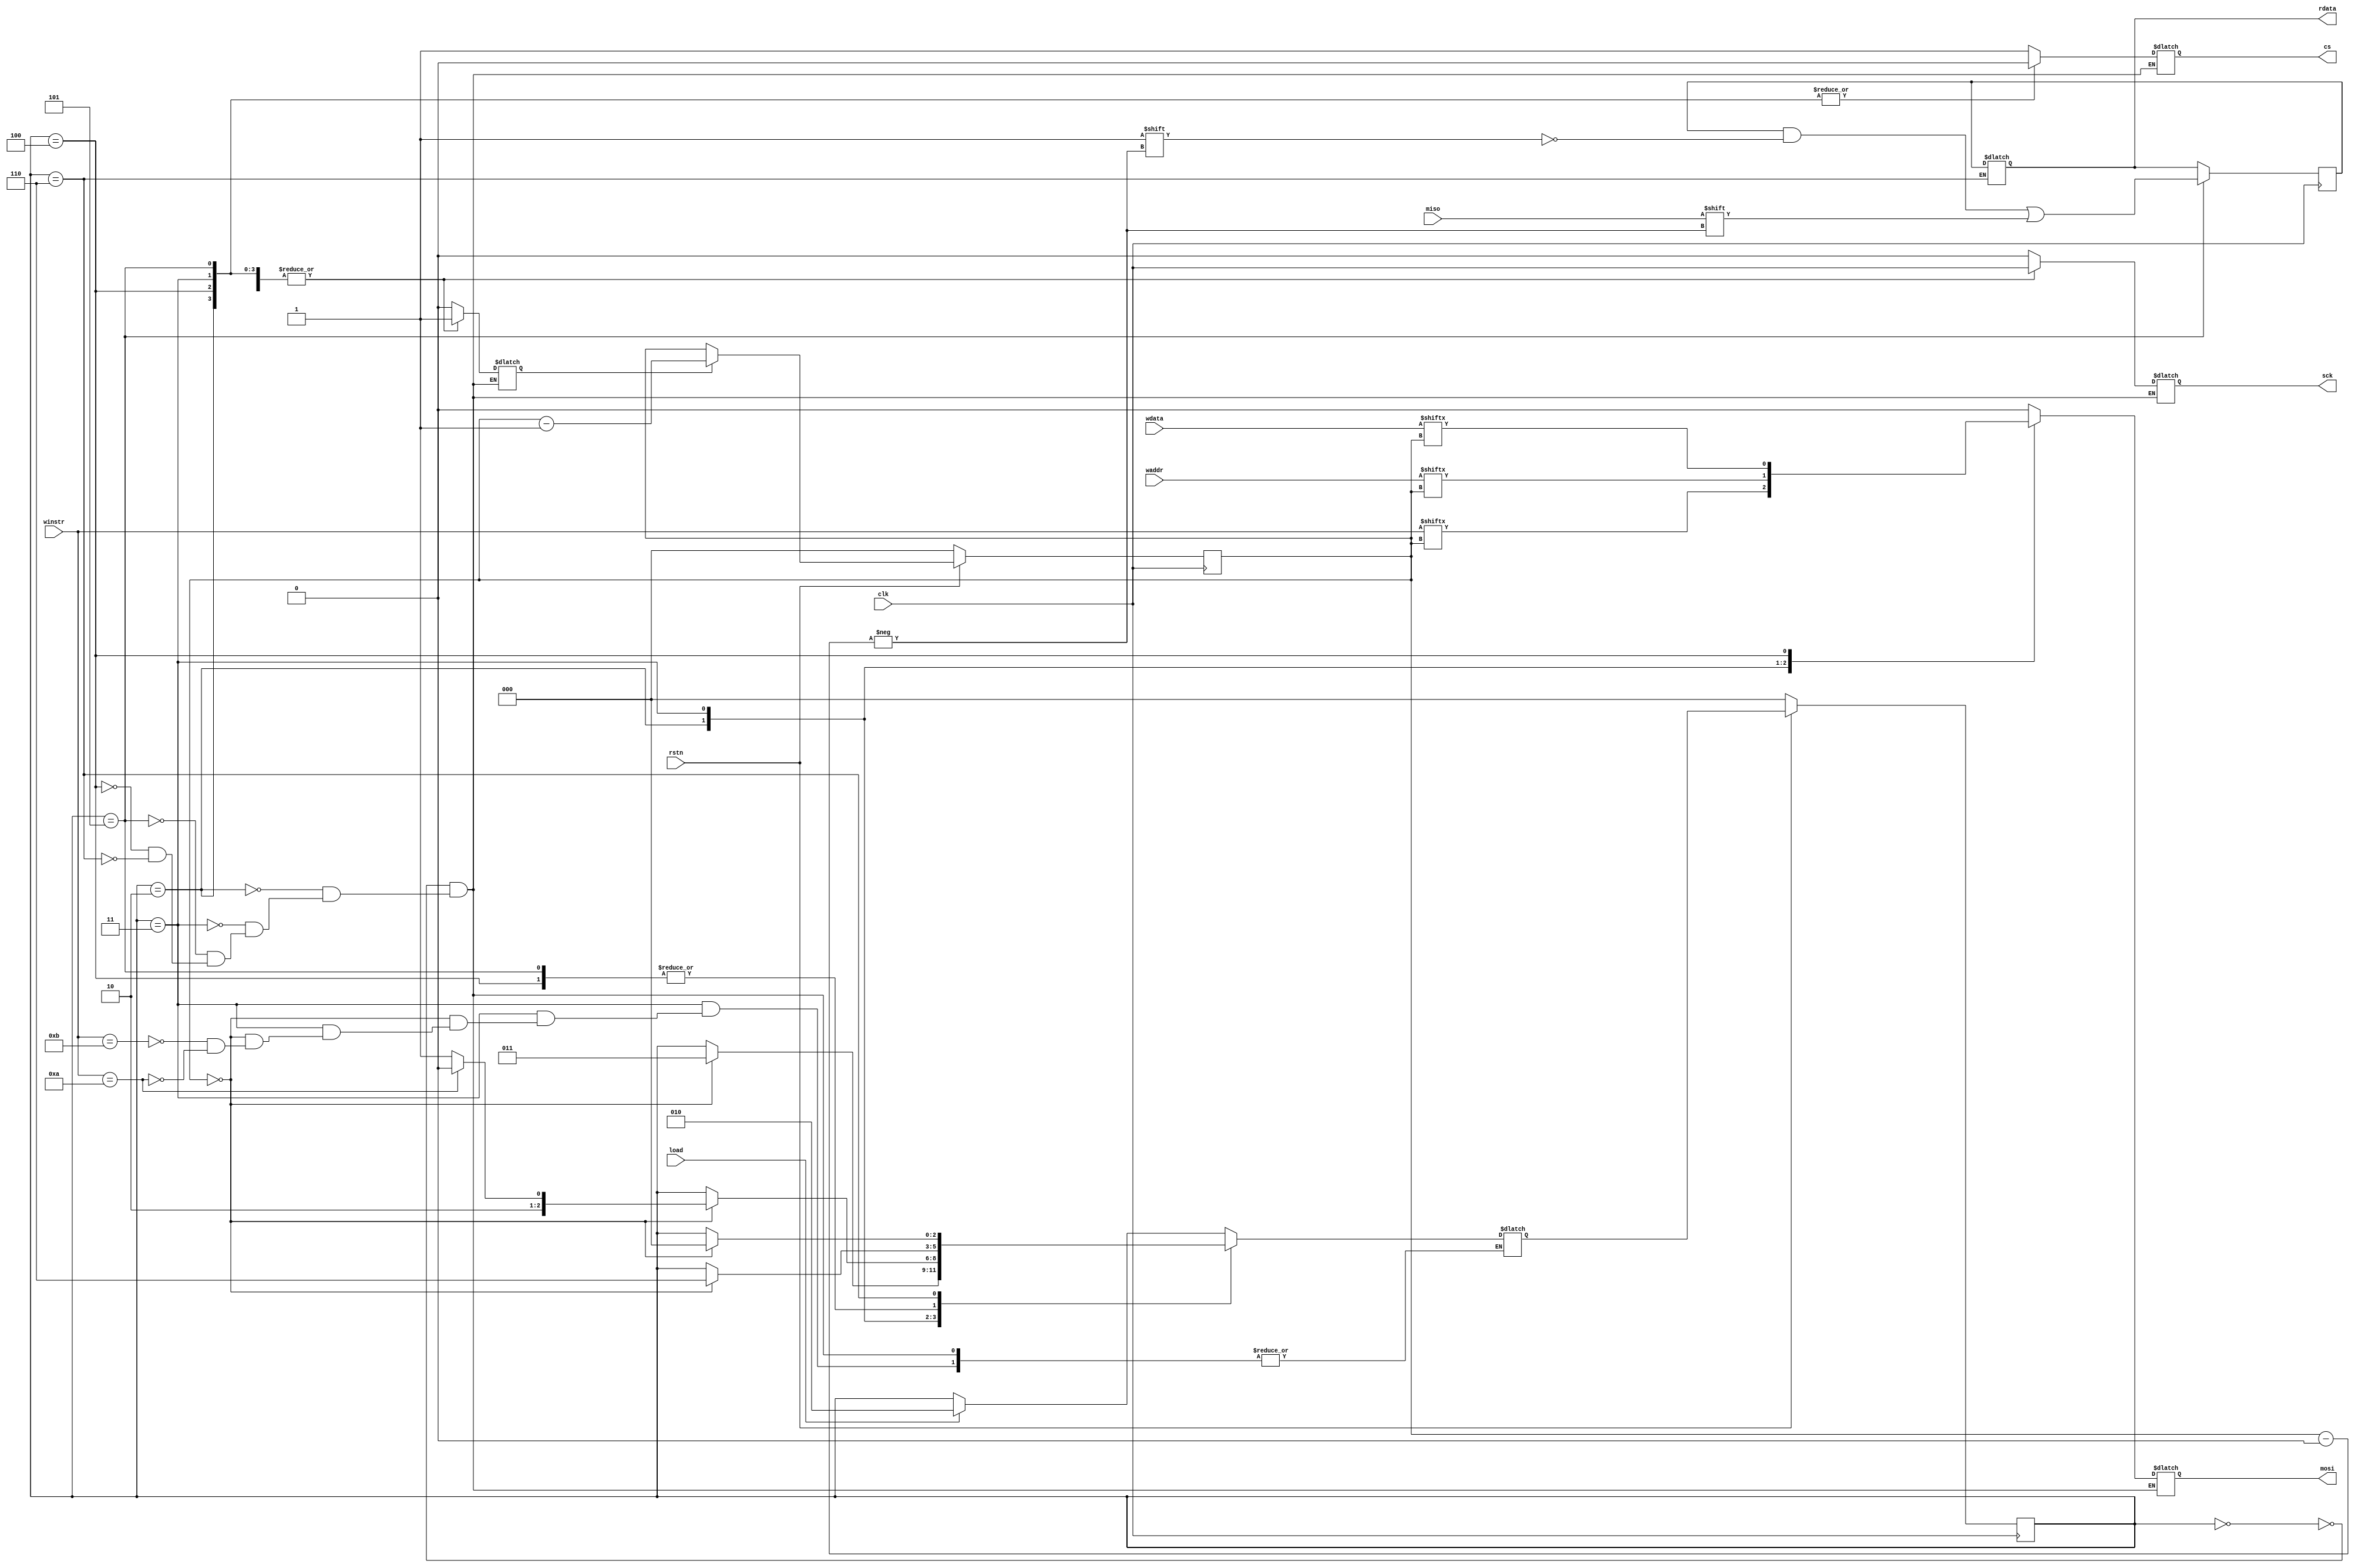
module ACL(
    input clk,
    input rstn,
    
    input load,
    
    output reg cs,
    output reg sck,
    output reg mosi,
    input miso,
    
    input [7:0] winstr,
    input [7:0] waddr,
    input [7:0] wdata,
    output reg [7:0] rdata
    
    );
    
    parameter idle =  0;
    parameter instr_w =  2;
    parameter addr_w =  3;
    parameter data_w =  4;
    parameter data_r =  5;
    parameter ending = 6;

    reg [2:0] state, next_state;
    
    reg en_cnt;
    reg [2:0] cnt = 3'd7;

    reg [7:0] rdata_int;
    
    always @(negedge clk) begin //spi_clk
        if (rstn == 1'b0) begin
            cnt <= 3'd0;
        end
        else begin
            if (en_cnt) begin
                cnt <= cnt - 1;
            end
            else begin
                cnt <= cnt;
            end
        end
    end

    always @(negedge clk) begin
        if (rstn == 1'b0) begin
            state <= idle;
        end 
        else begin
            state <= next_state;
        end
    end 
    
    always @(*) begin
        case (state)
            idle: begin
                if (load == 1'b1) begin
                    next_state = instr_w;
                end 
                else begin
                    next_state = state;
                end
             end
             instr_w: begin
                if (cnt == 3'd0) begin
                    next_state = addr_w;
                end
                else begin
                    next_state = state;
                end 
             end
             addr_w: begin
                if (cnt == 3'd0) begin
                    case (winstr)
                        7'b00001011: begin
                            next_state = data_r;
                        end
                        7'b00001010: begin
                            next_state = data_w;
                        end
                    endcase
                end
                else begin
                    next_state = state;
                end
            end
            data_r: begin
                if (cnt == 3'd0) begin
                    next_state = ending;
                end
                else begin
                    next_state = state;
                end
            end
            data_w: begin
                if (cnt == 3'd0) begin
                    next_state = ending;
                end
                else begin
                    next_state = state;
                end
            end
            ending: begin
                if (cnt == 3'd0) begin
                    next_state = idle;
                end
                else begin
                    next_state = state;
                end
            end
        endcase
    end
            
    always @(*) begin
        case (state)
            idle: begin
                cs = 1'b1;
                sck = 1'b0;
                en_cnt = 1'b0;
                mosi = 1'd0;
                rdata = rdata;
                
            end
            instr_w: begin
                cs = 1'b0;
                sck = clk;  //spi_clk
                en_cnt = 1'b1;
                mosi = winstr[cnt];
                rdata = rdata;
            end
            addr_w: begin
                cs = 1'b0;
                sck = clk;
                en_cnt = 1'b1;
                mosi = waddr[cnt];
                rdata = rdata;
            end
            data_r: begin
                cs = 1'b0;
                sck = clk;
                en_cnt = 1'b1;
                mosi = 1'b0;
                rdata = rdata;
            end
            data_w: begin
                cs = 1'b0;
                sck = clk;
                en_cnt = 1'b1;
                mosi = wdata[cnt];
                rdata = rdata;
            end
            ending: begin
                cs = 1'b1;
                sck = clk;
                en_cnt = 1'b1;
                mosi = 1'b0;
                rdata = rdata_int;
            end
       endcase
    end
   
    always @(posedge clk) begin
        if (state == data_r) begin
            rdata_int[cnt] = miso;
        end
        else begin
            rdata_int = rdata;
        end
    end 
           

endmodule